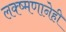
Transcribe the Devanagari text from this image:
लक्ष्मणानेही